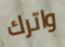
واترك